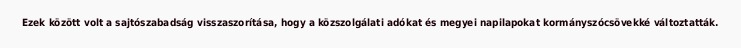
Ezek között volt a sajtószabadság visszaszorítása, hogy a közszolgálati adókat és megyei napilapokat kormányszócsövekké változtatták.